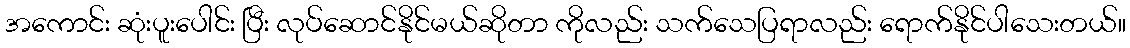
အကောင်း ဆုံးပူးပေါင်း ပြီး လုပ်ဆောင်နိုင်မယ်ဆိုတာ ကိုလည်း သက်သေပြရာလည်း ရောက်နိုင်ပါသေးတယ်။